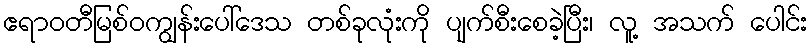
ဧရာဝတီမြစ်ဝကျွန်းပေါ်ဒေသ တစ်ခုလုံးကို ပျက်စီးစေခဲ့ပြီး၊ လူ့ အသက် ပေါင်း